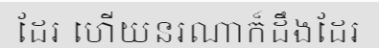
ដែរ ហើយនរណាក៏ដឹងដែរ